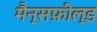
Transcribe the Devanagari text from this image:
मैन्सफ़ील्ड